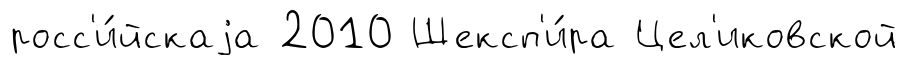
росс'и́йскаjа 2010 Шексп'и́ра Цел'иковской